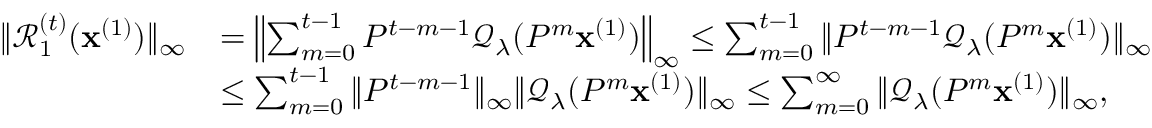
\begin{array} { r l } { \| \mathcal { R } _ { 1 } ^ { ( t ) } ( \mathbf { x } ^ { ( 1 ) } ) \| _ { \infty } } & { = \left\| \sum _ { m = 0 } ^ { t - 1 } P ^ { t - m - 1 } \mathcal { Q } _ { \lambda } ( P ^ { m } \mathbf { x } ^ { ( 1 ) } ) \right\| _ { \infty } \leq \sum _ { m = 0 } ^ { t - 1 } \| P ^ { t - m - 1 } \mathcal { Q } _ { \lambda } ( P ^ { m } \mathbf { x } ^ { ( 1 ) } ) \| _ { \infty } } \\ & { \leq \sum _ { m = 0 } ^ { t - 1 } \| P ^ { t - m - 1 } \| _ { \infty } \| \mathcal { Q } _ { \lambda } ( P ^ { m } \mathbf { x } ^ { ( 1 ) } ) \| _ { \infty } \leq \sum _ { m = 0 } ^ { \infty } \| \mathcal { Q } _ { \lambda } ( P ^ { m } \mathbf { x } ^ { ( 1 ) } ) \| _ { \infty } , } \end{array}